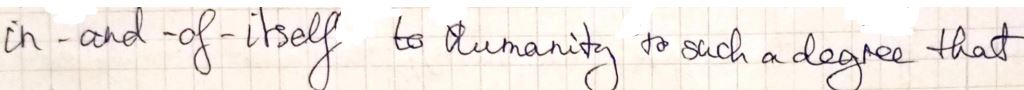
in-and-of-itself to humanity to such a degree that